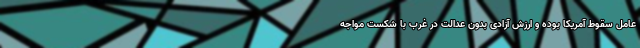
عامل سقوط آمریکا بوده و ارزش آزادی بدون عدالت در غرب با شکست مواجه